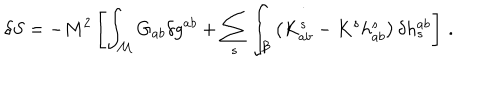
\delta S = - M ^ { 2 } \left[ \int _ { \mathcal M } G _ { a b } \delta g ^ { a b } + \sum _ { s } \int _ { \mathcal B } \left( K _ { a b } ^ { s } - K ^ { s } h _ { a b } ^ { s } \right) \delta h _ { s } ^ { a b } \right] \, .